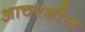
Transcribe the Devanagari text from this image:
आचरशील